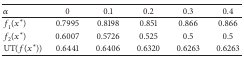
<table><thead><tr><td><b><i>α</i></b></td><td><b>0</b></td><td><b>0.1</b></td><td><b>0.2</b></td><td><b>0.3</b></td><td><b>0.4</b></td></tr></thead><tbody><tr><td><i>f</i><sub>1</sub>(<i>x</i>*)</td><td>0.7995</td><td>0.8198</td><td>0.851</td><td>0.866</td><td>0.866</td></tr><tr><td><i>f</i><sub>2</sub>(<i>x</i>*)</td><td>0.6007</td><td>0.5726</td><td>0.525</td><td>0.5</td><td>0.5</td></tr><tr><td>UT(<i>f</i>(<i>x</i>*))</td><td>0.6441</td><td>0.6406</td><td>0.6320</td><td>0.6263</td><td>0.6263</td></tr></tbody></table>